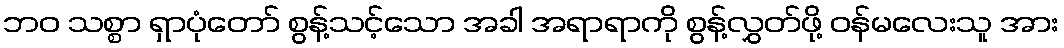
ဘဝ သစ္စာ ရှာပုံတော် စွန့်သင့်သော အခါ အရာရာကို စွန့်လွှတ်ဖို့ ဝန်မလေးသူ အား